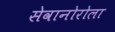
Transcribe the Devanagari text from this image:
सेवानोरोला